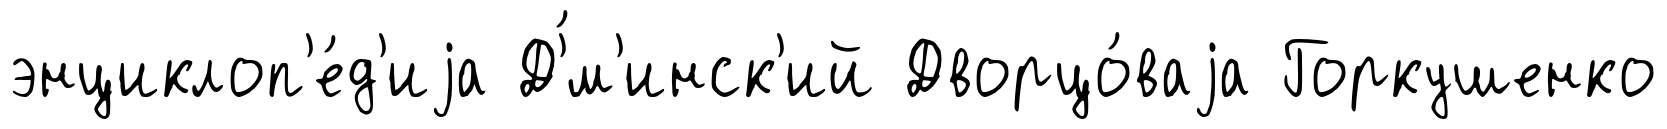
энциклоп'е́д'иjа Д'́м'инск'ий Дворцо́ваjа Горкушенко